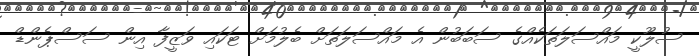
ސުލޫކީ މައްސަލަތަކެއްގެ ސަބަބުން އެ މައްސަލަތަށް ބެލުމަށް ޓަކައި ވަޒީފާ އިން ސަސްޕެންޑް